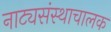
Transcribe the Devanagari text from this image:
नाट्यसंस्थाचालक